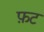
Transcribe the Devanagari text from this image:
फ़ट